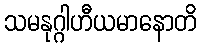
သမနုဂ္ဂါဟီယမာနောတိ